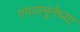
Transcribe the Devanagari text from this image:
गंगायमुनेच्या